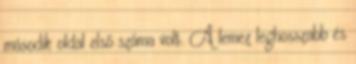
második oldal első száma volt. A lemez leghosszabb és